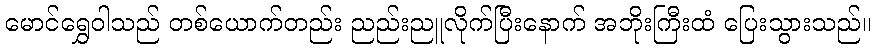
မောင်ရွှေဝါသည် တစ်ယောက်တည်း ညည်းညူလိုက်ပြီးနောက် အဘိုးကြီးထံ ပြေးသွားသည်။